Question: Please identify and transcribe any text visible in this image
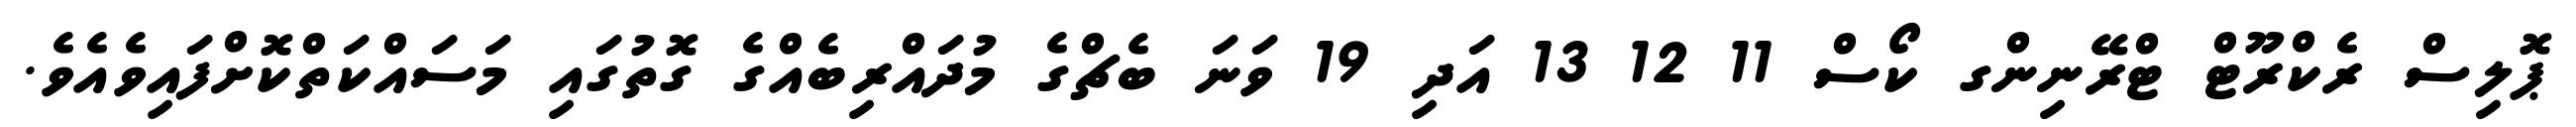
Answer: ޕޮލިސް ރެކްރޫޓް ޓްރޭނިންގ ކޯސް 11 12 13 އަދި 19 ވަނަ ބެޗްގެ މުދައްރިބެއްގެ ގޮތުގައި މަސައްކަތްކޮށްފައިވެއެވެ.